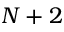
N + 2